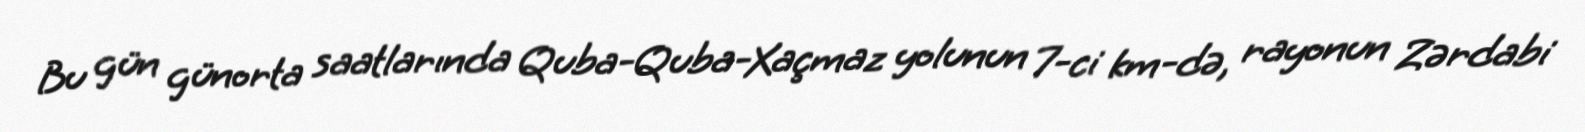
Bu gün günorta saatlarında Quba-Quba-Xaçmaz yolunun 7-ci km-də, rayonun Zərdabi